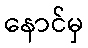
နောင်မှ